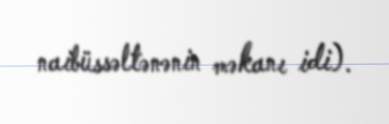
naibüssəltənənin məkanı idi).